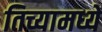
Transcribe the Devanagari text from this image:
तिच्यामध्यें